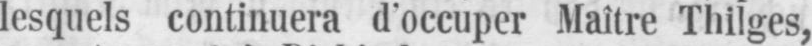
lesquels continuera d’occuper Maître Thilges,